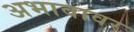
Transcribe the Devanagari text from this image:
अभावावर